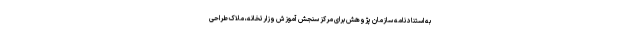
به استناد نامه سازمان پژوهش برای مرکز سنجش آموزش وزارتخانه، ملاک طراحی